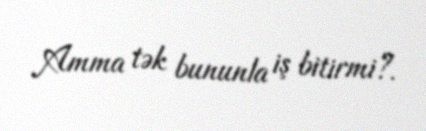
Amma tək bununla iş bitirmi?.